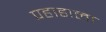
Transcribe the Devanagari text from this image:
पहाडाला